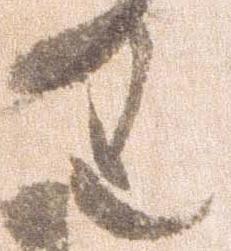
り